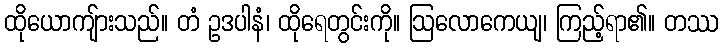
ထိုယောကျ်ားသည်။ တံ ဥဒပါနံ၊ ထိုရေတွင်းကို။ ဩလောကေယျ၊ ကြည့်ရာ၏။ တဿ